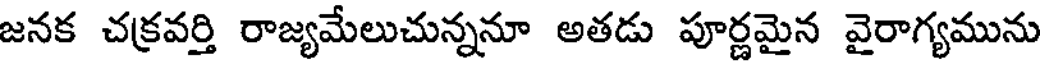
జనక చక్రవర్తి రాజ్యమేలుచున్ననూ అతడు పూర్ణమైన వైరాగ్యమును